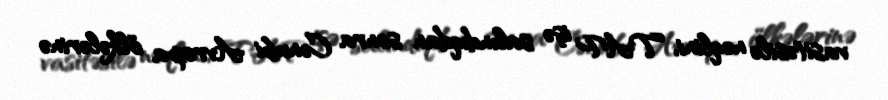
vasitəsilə nəqlini, TAP işə salındıqdan sonra Cənubi Avropa ölkələrinə